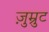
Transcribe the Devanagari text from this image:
ज़ुम्रुट